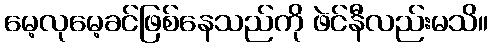
မေ့လုမေ့ခင်ဖြစ်နေသည်ကို ဖဲင်နီလည်းမသိ။